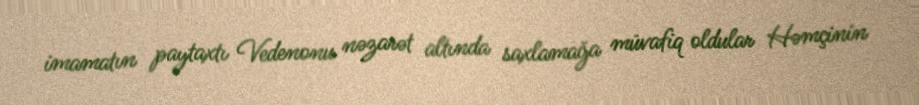
imamatın paytaxtı Vedenonu nəzarət altında saxlamağa müvafiq oldular Həmçinin